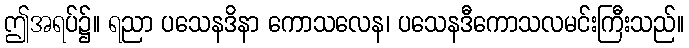
ဤအရပ်၌။ ရညာ ပသေနဒိနာ ကောသလေန၊ ပသေနဒီကောသလမင်းကြီးသည်။